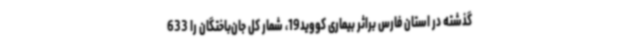
گذشته در استان فارس براثر بیماری کووید19، شمار کل جان‌باختگان را 633